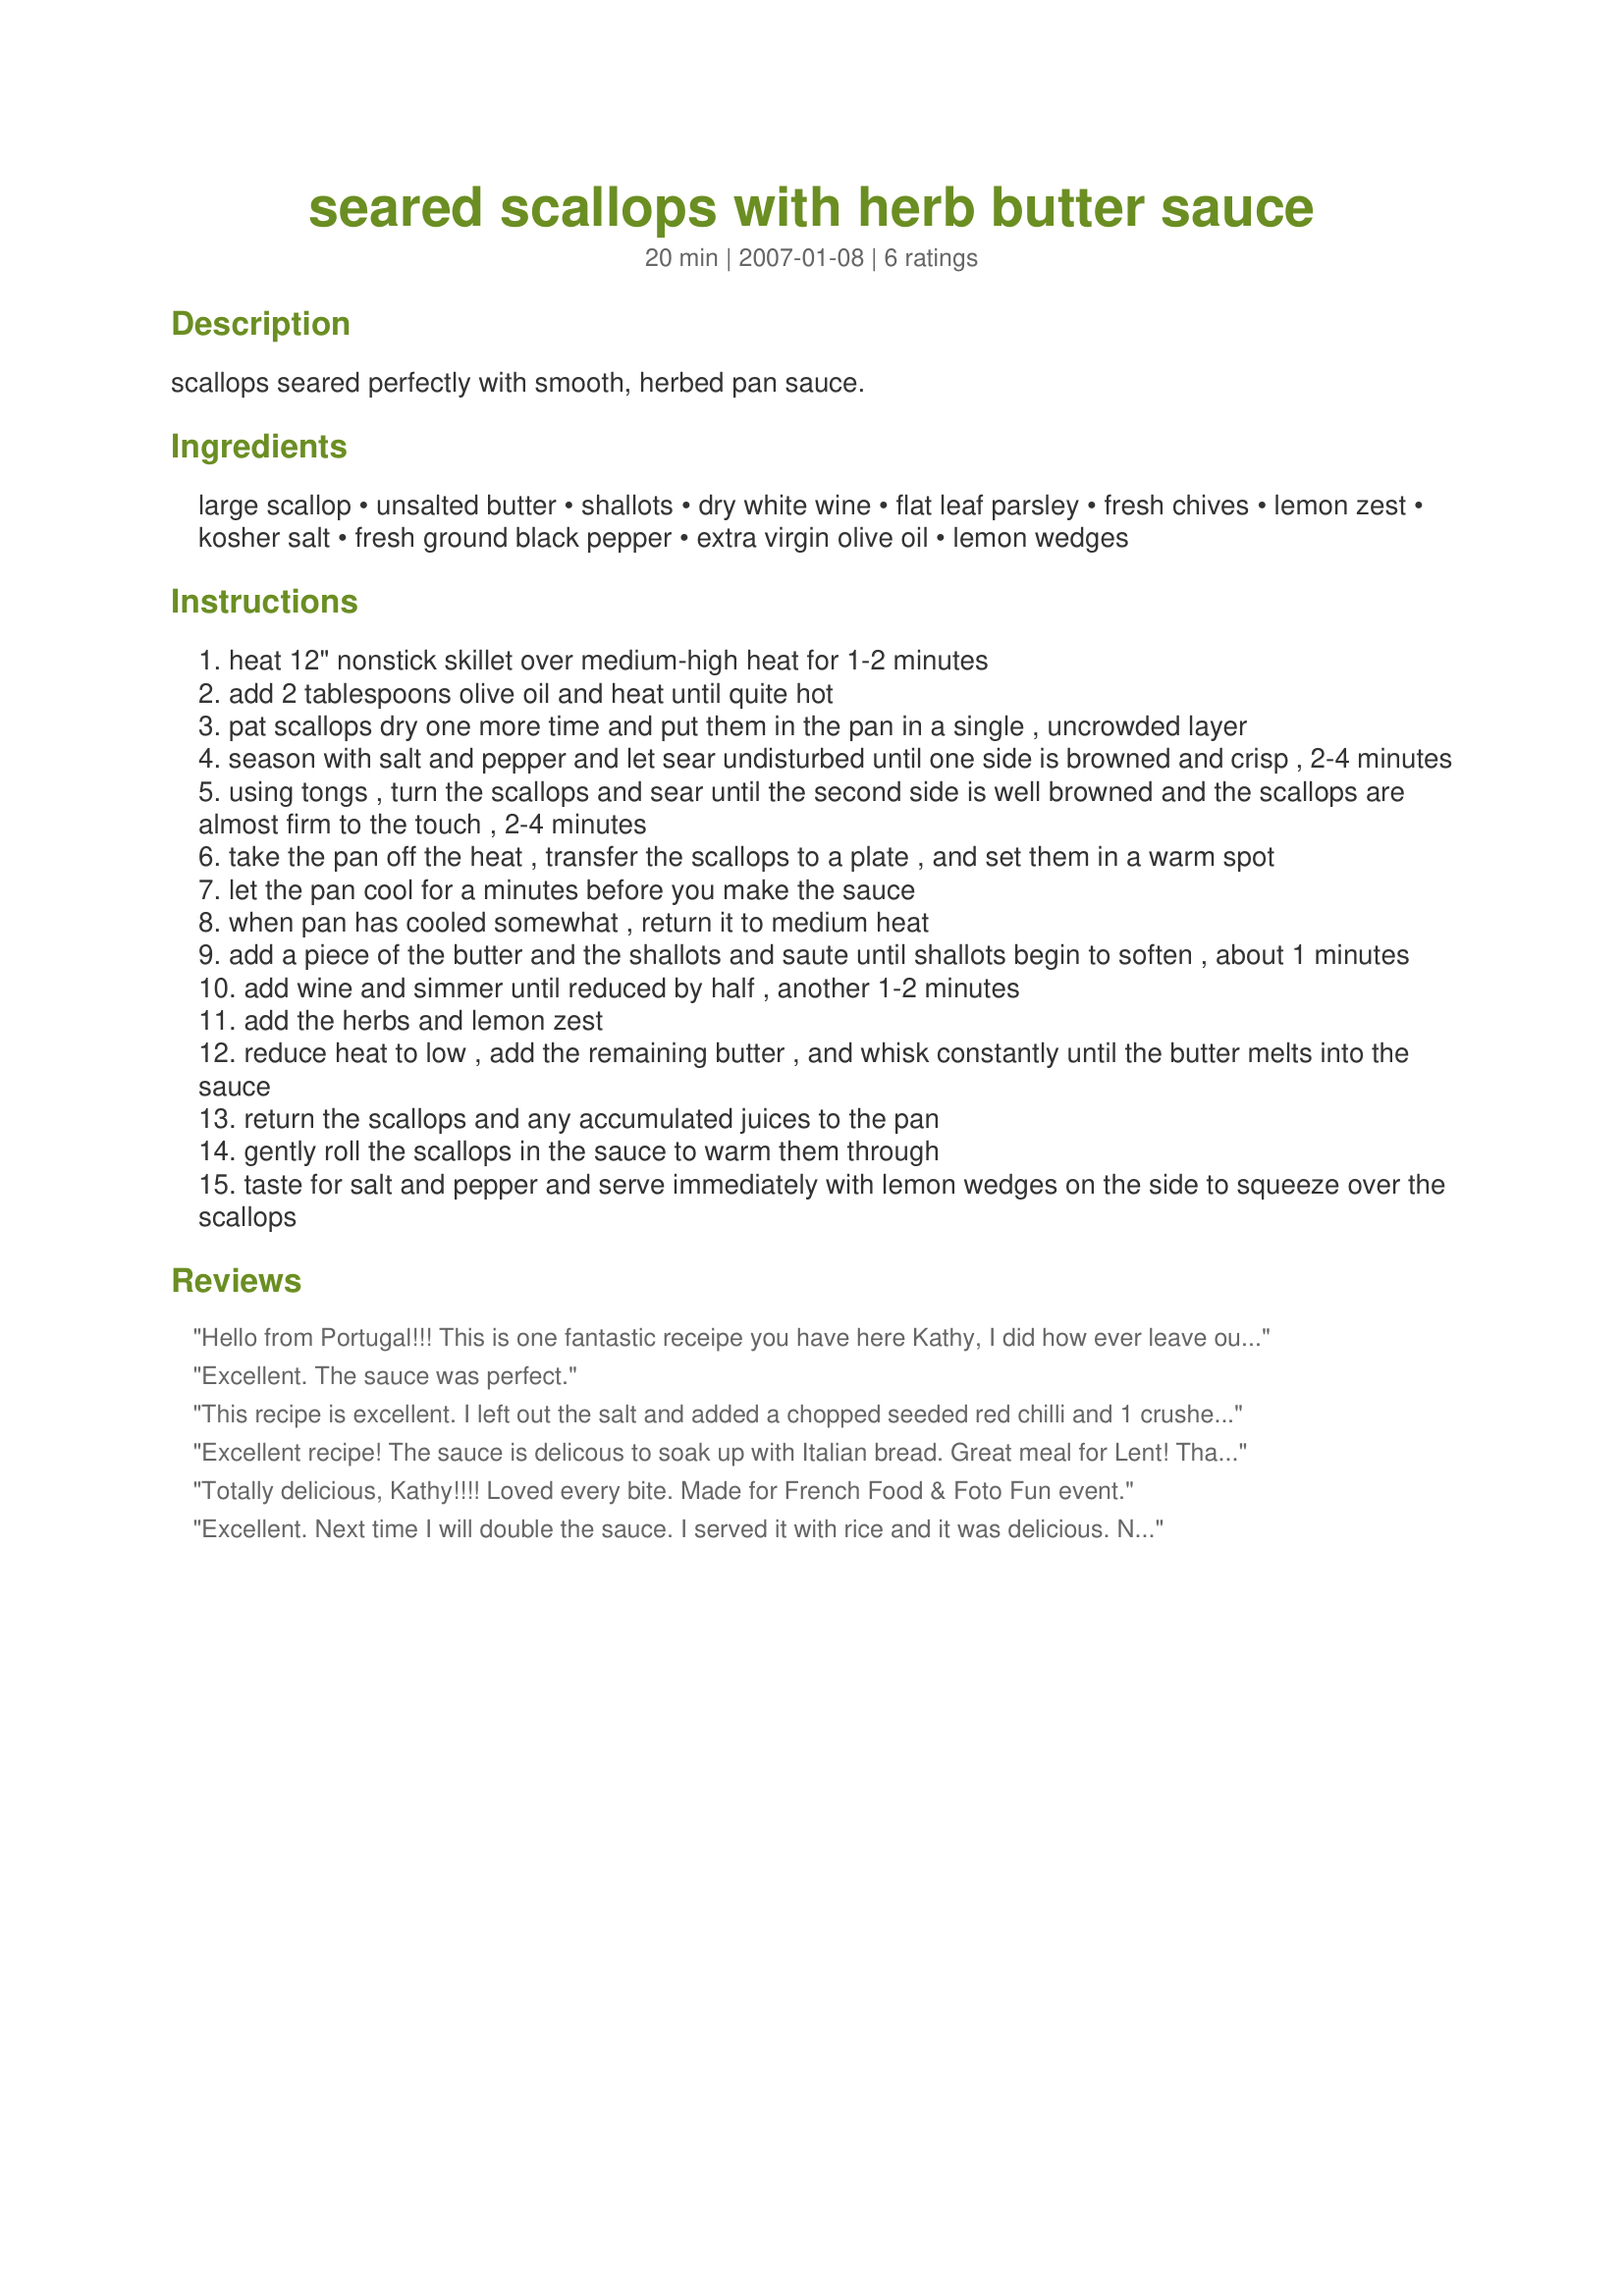
seared scallops with herb butter sauce
Preparation time: 20 minutes

scallops seared perfectly with smooth, herbed pan sauce.

Ingredients:
large scallop, unsalted butter, shallots, dry white wine, flat leaf parsley, fresh chives, lemon zest, kosher salt, fresh ground black pepper, extra virgin olive oil, lemon wedges

Steps:
heat 12" nonstick skillet over medium-high heat for 1-2 minutes
add 2 tablespoons olive oil and heat until quite hot
pat scallops dry one more time and put them in the pan in a single , uncrowded layer
season with salt and pepper and let sear undisturbed until one side is browned and crisp , 2-4 minutes
using tongs , turn the scallops and sear until the second side is well browned and the scallops are almost firm to the touch , 2-4 minutes
take the pan off the heat , transfer the scallops to a plate , and set them in a warm spot
let the pan cool for a minutes before you make the sauce
when pan has cooled somewhat , return it to medium heat
add a piece of the butter and the shallots and saute until shallots begin to soften , about 1 minutes
add wine and simmer until reduced by half , another 1-2 minutes
add the herbs and lemon zest
reduce heat to low , add the remaining butter , and whisk constantly until the butter melts into the sauce
return the scallops and any accumulated juices to the pan
gently roll the scallops in the sauce to warm them through
taste for salt and pepper and serve immediately with lemon wedges on the side to squeeze over the scallops

Reviews:
Hello from Portugal!!! This is one fantastic receipe you have here Kathy, I did how ever leave out the black pepper, and added in some of my homemade Piri.pir(its made of red hot chilli peppers) added in 3 garlic clove(we're garilic lovers here) It turned out superb!!! Just make sure you have a nice bottle of white wine to dish it down with and some Italian bread or French. WONDERFULLLL!!!!!!!!!!!!!!!!!
Excellent. The sauce was perfect.
This recipe is excellent. I left out the salt and added a chopped seeded red chilli and 1 crushed garlic clove to the sauce to our preference and the result was fantastic. Make this if you have fresh/frozen scallops, you won't be disappointed! We served over rice with broccoli on the side with a salad.
Excellent recipe! The sauce is delicous to soak up with Italian bread. Great meal for Lent!
Thank you.
Totally delicious, Kathy!!!! Loved every bite. Made for French Food & Foto Fun event.
Excellent. Next time I will double the sauce. I served it with rice and it was delicious. Next time I will try others suggestions to add garlic or chili pepper. <br/>Also, I think the sauce would be delicious with other fish.
